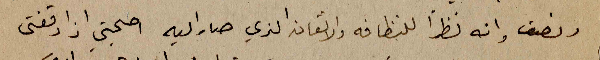
ونصف وانه نظراً للنظافة والاتقان الذي صار اليه اصبحتي اذا وقفتى